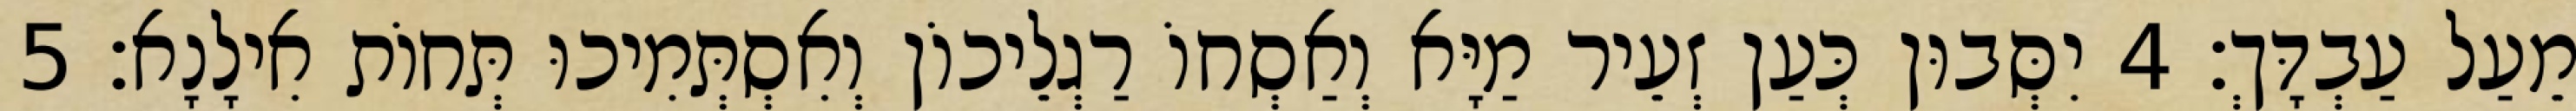
מֵעַל עַבְדָּךְ׃ 4 יִסְּבוּן כְּעַן זְעֵיר מַיָּא וְאַסְחוֹ רַגְלֵיכוֹן וְאִסְתְּמִיכוּ תְּחוֹת אִילָנָא׃ 5